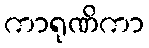
ကာရုဏိကာ